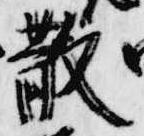
散